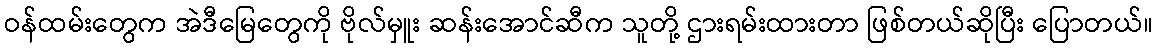
ဝန်ထမ်းတွေက အဲဒီမြေတွေကို ဗိုလ်မှူး ဆန်းအောင်ဆီက သူတို့ ဌားရမ်းထားတာ ဖြစ်တယ်ဆိုပြီး ပြောတယ်။